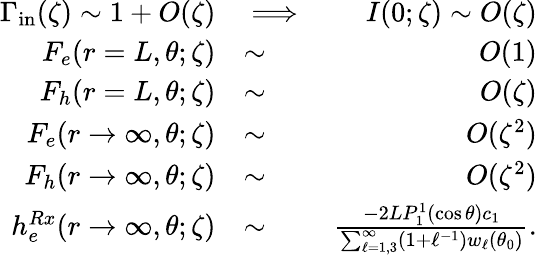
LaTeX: \begin{array}{rlr}{\Gamma_{\mathrm{in}}(\zeta)\sim 1+O(\zeta)}&{\implies}&{I(0;\zeta)\sim O(\zeta)}\\ {F_{e}(r=L,\theta;\zeta)}&{\sim}&{O(1)}\\ {F_{h}(r=L,\theta;\zeta)}&{\sim}&{O(\zeta)}\\ {F_{e}(r\to\infty,\theta;\zeta)}&{\sim}&{O(\zeta^{2})}\\ {F_{h}(r\to\infty,\theta;\zeta)}&{\sim}&{O(\zeta^{2})}\\ {h_{e}^{Rx}(r\to\infty,\theta;\zeta)}&{\sim}&{\frac{-2LP_{1}^{1}(\cos\theta)c_{1}}{\sum_{\ell=1,3}^{\infty}(1+\ell^{-1})w_{\ell}(\theta_{0})}.}\end{array}